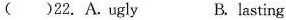
()22.A.ugly B.lasting